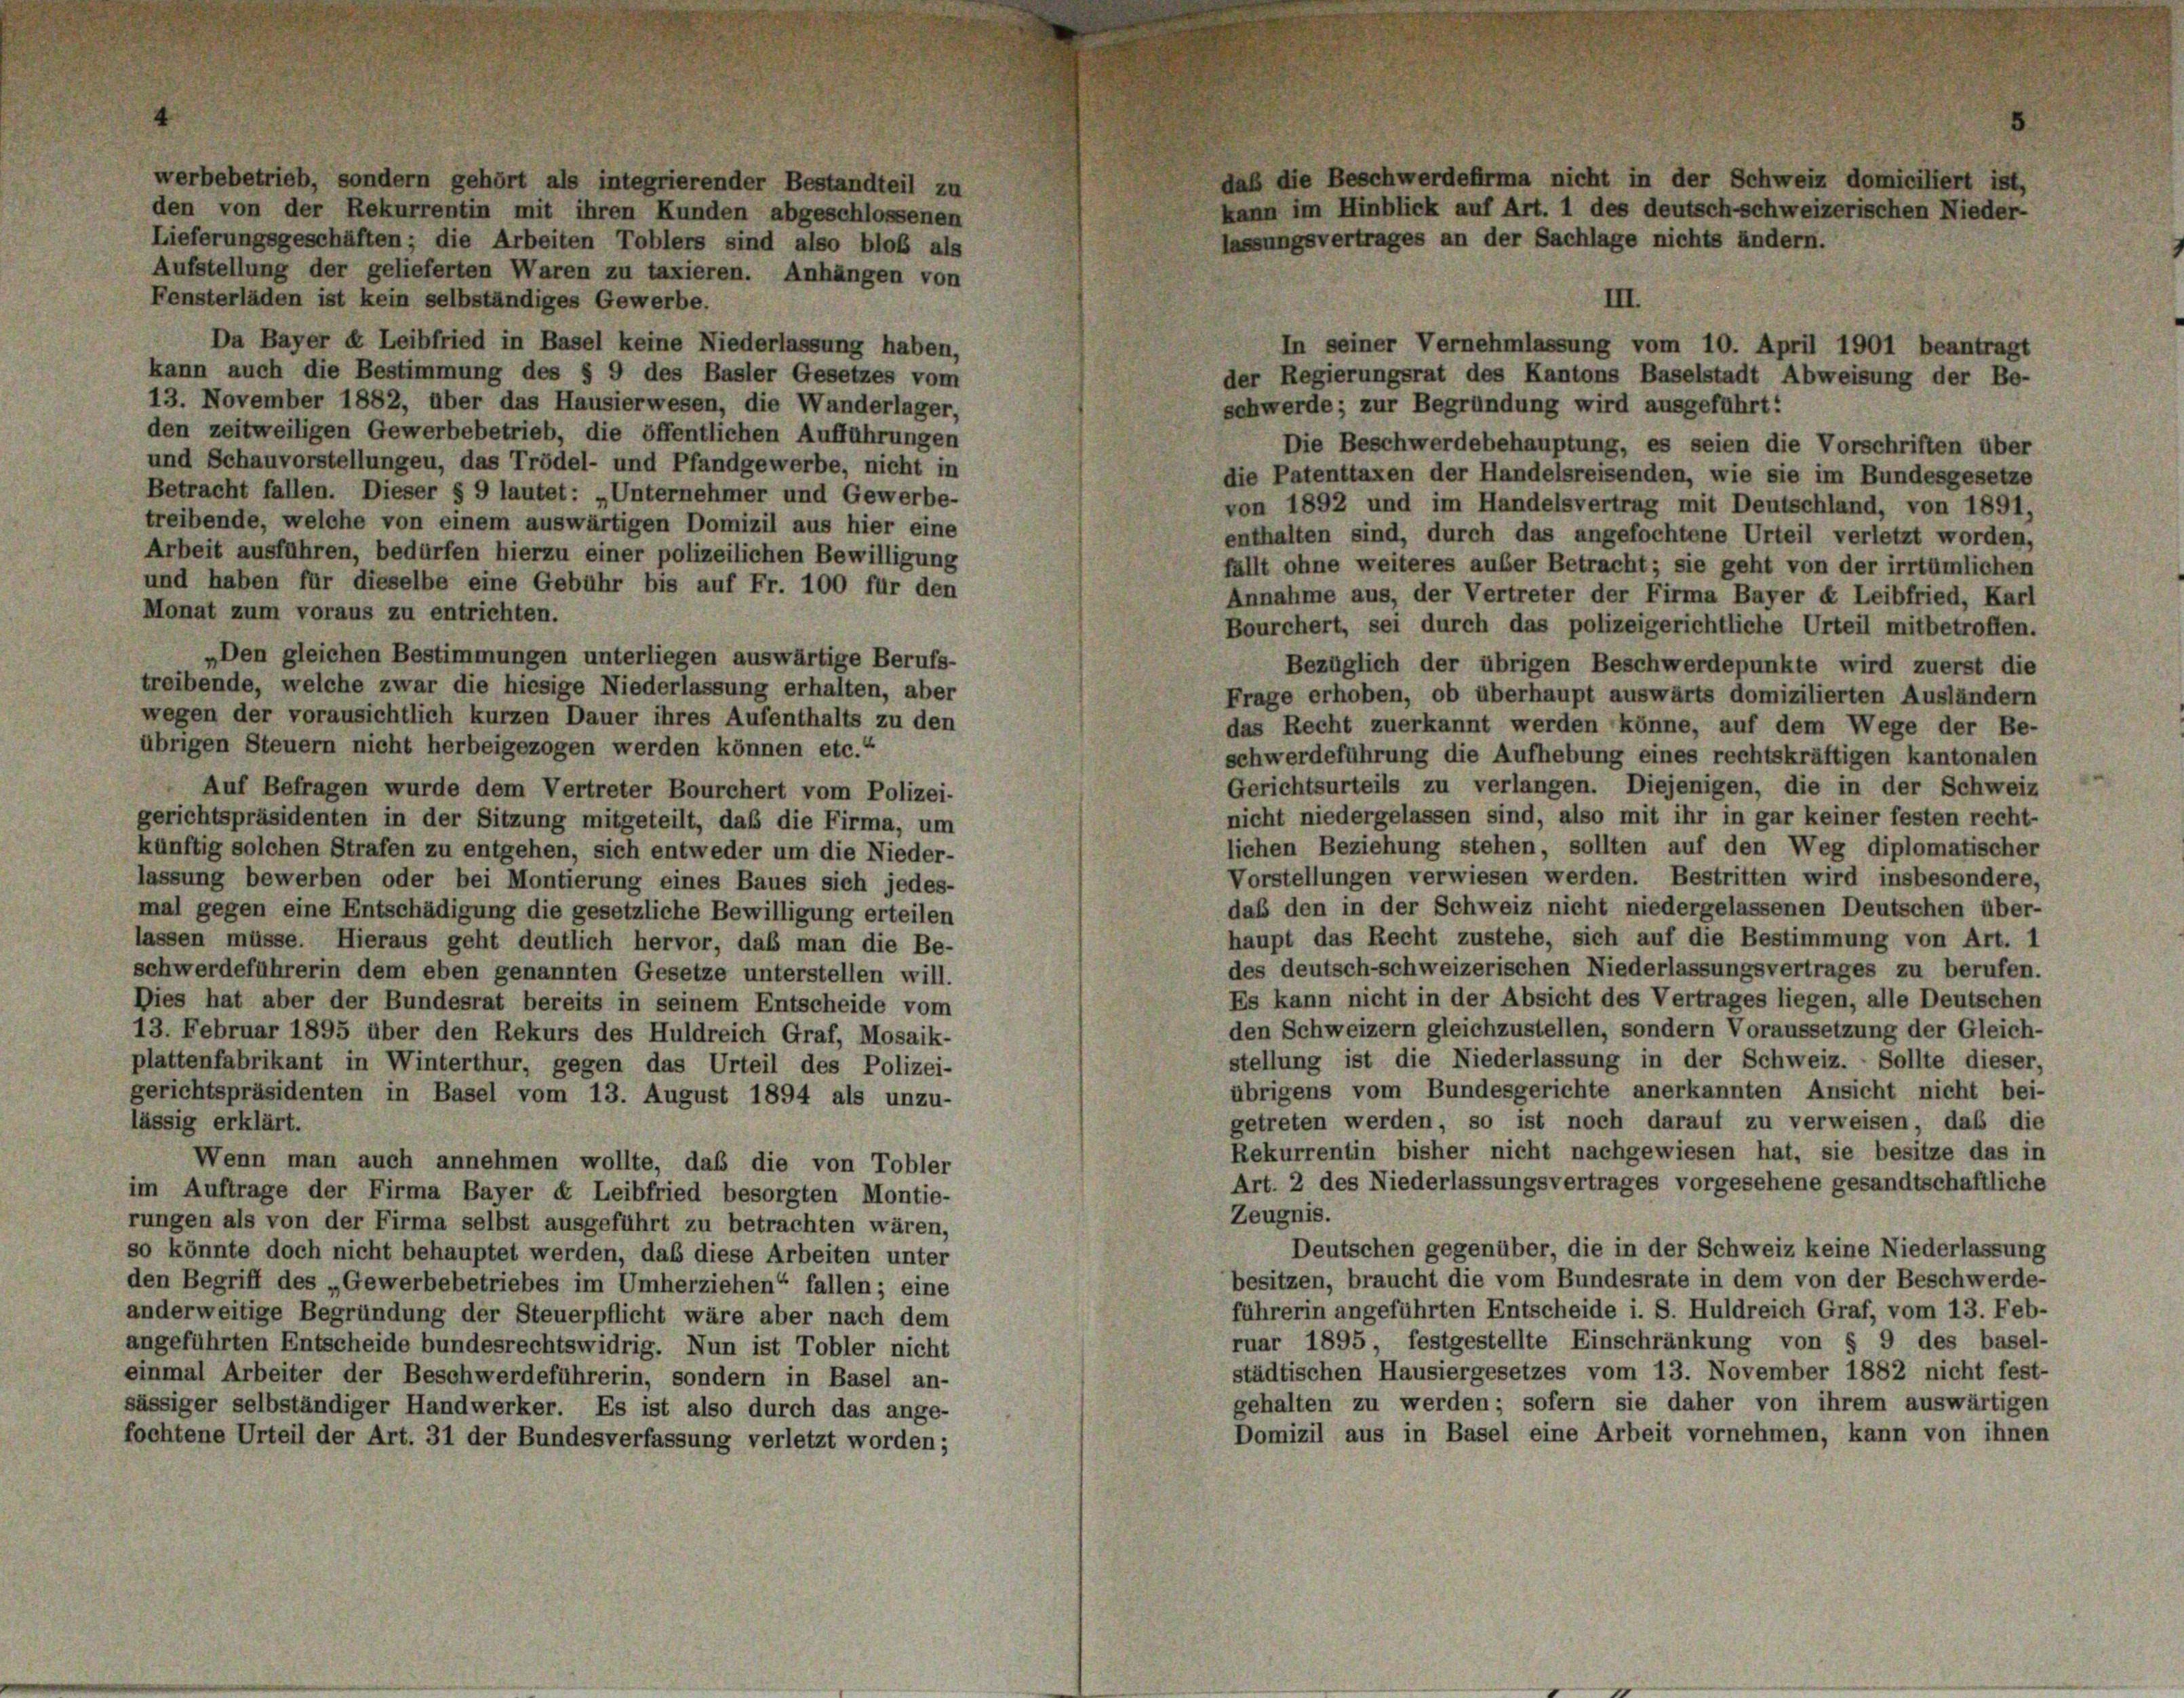
werbebetrieb, sondern gehört als integrierender Bestandteil zu
den von der Rekurrentin mit ihren Kunden abgeschlossenen
Lieferungsgeschäften; die Arbeiten Toblers sind also bloß als
Aufstellung der gelieferten Waren zu taxieren. Anhängen von
Fensterläden ist kein selbständiges Gewerbe.
Da Bayer u Leibfried in Basel keine Niederlassung haben,
kann auch die Bestimmung des § 9 des Basler Gesetzes vom
13. November 1882, über das Hausierwesen, die Wanderlager,
den zeitweiligen Gewerbebetrieb, die öffentlichen Aufführungen
und Schauvorstellungen, das Trödel- und Pfandgewerbe, nicht in
Betracht fallen. Dieser § 9 lautet: „Unternehmer und Gewerbe-
treibende, welche von einem auswärtigen Domizil aus hier eine
Arbeit ausführen, bedürfen hierzu einer polizeilichen Bewilligung
und haben für dieselbe eine Gebühr bis auf Fr. 100 für den
Monat zum voraus zu entrichten.
„Den gleichen Bestimmungen unterliegen auswärtige Berufs-
treibende, welche zwar die hiesige Niederlassung erhalten, aber
wegen der vorausichtlich kurzen Dauer ihres Aufenthalts zu den
übrigen Steuern nicht herbeigezogen werden können etc.“
Auf Befragen wurde dem Vertreter Bourchert vom Polizei-
gerichtspräsidenten in der Sitzung mitgeteilt, daß die Firma, um
künftig solchen Strafen zu entgehen, sich entweder um die Nieder-
lassung bewerben oder bei Montierung eines Baues sich jedes-
mal gegen eine Entschädigung die gesetzliche Bewilligung erteilen
lassen müsse. Hieraus geht deutlich hervor, daß man die Be-
schwerdeführerin dem eben genannten Gesetze unterstellen will.
Dies hat aber der Bundesrat bereits in seinem Entscheide vom
13. Februar 1895 über den Rekurs des Huldreich Graf, Mosaik-
plattenfabrikant in Winterthur, gegen das Urteil des Polizei-
gerichtspräsidenten in Basel vom 13. August 1894 als unzu-
lässig erklärt.
Wenn man auch annehmen wollte, daß die von Tobler
im Auftrage der Firma Bayer « Leibfried besorgten Montie-
rungen als von der Firma selbst ausgeführt zu betrachten wären,
so könnte doch nicht behauptet werden, daß diese Arbeiten unter
den Begriff des „Gewerbebetriebes im Umherziehen“ fallen; eine
anderweitige Begründung der Steuerpflicht wäre aber nach dem
angeführten Entscheide bundesrechtswidrig. Nun ist Tobler nicht
einmal Arbeiter der Beschwerdeführerin, sondern in Basel an-
sässiger selbständiger Handwerker. Es ist also durch das ange-
fochtene Urteil der Art. 31 der Bundesverfassung verletzt worden;

daß die Beschwerdefirma nicht in der Schweiz domiciliert ist,
kann im Hinblick auf Art. 1 des deutsch-schweizerischen Nieder-
lassungsvertrages an der Sachlage nichts ändern.

der Regierungsrat des Kantons Baselstadt Abweisung der Be-
schwerde; zur Begründung wird ausgeführt:
Die Beschwerdebehauptung, es seien die Vorschriften über
die Patenttaxen der Handelsreisenden, wie sie im Bundesgesetze
von 1892 und im Handelsvertrag mit Deutschland, von 1891.
enthalten sind, durch das angefochtene Urteil verletzt worden,
fällt ohne weiteres auser Betracht; sie geht von der irrtümlichen
Annahme aus, der Vertreter der Firma Bayer et Leibfried, Karl
Bourchert, sei durch das polizeigerichtliche Urteil mitbetroffen.
Bezüglich der übrigen Beschwerdepunkte wird zuerst die
Frage erhoben, ob überhaupt auswärts domizilierten Ausländern
das Recht zuerkannt werden könne, auf dem Wege der Be-
schwerdeführung die Aufhebung eines rechtskräftigen kantonalen
Gerichtsurteils zu verlangen. Diejenigen, die in der Schweiz
nicht niedergelassen sind, also mit ihr in gar keiner festen recht-
lichen Beziehung stehen, sollten auf den Weg diplomatischer
Vorstellungen verwiesen werden. Bestritten wird insbesondere,
daß den in der Schweiz nicht niedergelassenen Deutschen über-
haupt das Recht zustehe, sich auf die Bestimmung von Art. 1
des deutsch-schweizerischen Niederlassungsvertrages zu berufen
Es kann nicht in der Absicht des Vertrages liegen, alle Deutschen
den Schweizern gleichzustellen, sondern Voraussetzung der Gleich-
stellung ist die Niederlassung in der Schweiz. Sollte dieser,
übrigens vom Bundesgerichte anerkannten Ansicht nicht bei-
getreten werden, so ist noch darauf zu verweisen, daß die
Rekurrentin bisher nicht nachgewiesen hat, sie besitze das in
Art. 2 des Niederlassungsvertrages vorgesehene gesandtschaftliche
Zeugnis.
Deutschen gegenüber, die in der Schweiz keine Niederlassung
besitzen, braucht die vom Bundesrate in dem von der Beschwerde-
führerin angeführten Entscheide i. S. Huldreich Graf, vom 13. Feb-
ruar 1895 festgestellte Einschränkung von § 9 des basel-
städtischen Hausiergesetzes vom 13. November 1882 nicht fest-
gehalten zu werden; sofern sie daher von ihrem auswärtigen
Domizil aus in Basel eine Arbeit vornehmen, kann von ihnen

In seiner Vernehmlassung vom 10. April 1901 beantragt